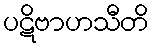
ပဋိဗာဟသီတိ